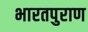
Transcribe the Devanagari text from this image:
भारतपुराण